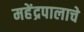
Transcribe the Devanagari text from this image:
महेंद्रपालाचे